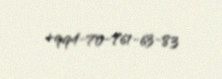
+994-70-761-63-83